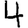
Digit: 4